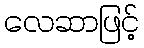
လေဆာဖြင့်